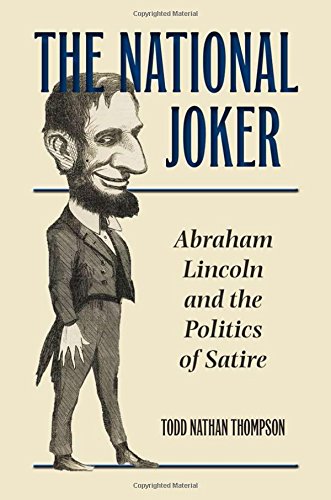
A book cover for The National Joker: Abraham Lincoln and the Politics of Satire; Todd Nathan Thompson; Humor & Entertainment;